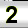
Digit: 2